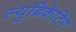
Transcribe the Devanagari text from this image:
ल्युब्रिकेटिंग